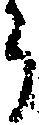
ら